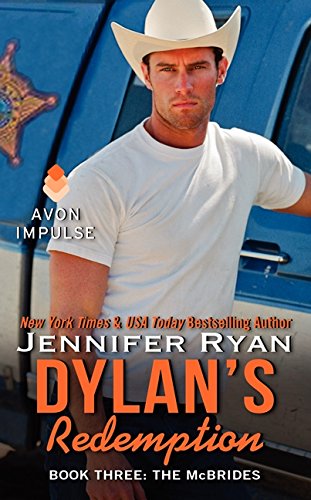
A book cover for Dylan's Redemption: Book Three: The McBrides; Jennifer Ryan; Romance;